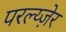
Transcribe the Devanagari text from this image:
परल्य्ज़ेर